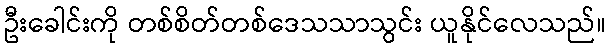
ဦးခေါင်းကို တစ်စိတ်တစ်ဒေသသာသွင်း ယူနိုင်လေသည်။